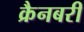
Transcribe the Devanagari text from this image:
क्रैनबरी